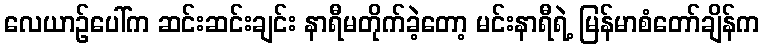
လေယာဉ်ပေါ်က ဆင်းဆင်းချင်း နာရီမတိုက်ခဲ့တော့ မင်းနာရီရဲ့ မြန်မာစံတော်ချိန်က